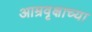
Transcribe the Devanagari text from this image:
आम्रवृक्षाच्या